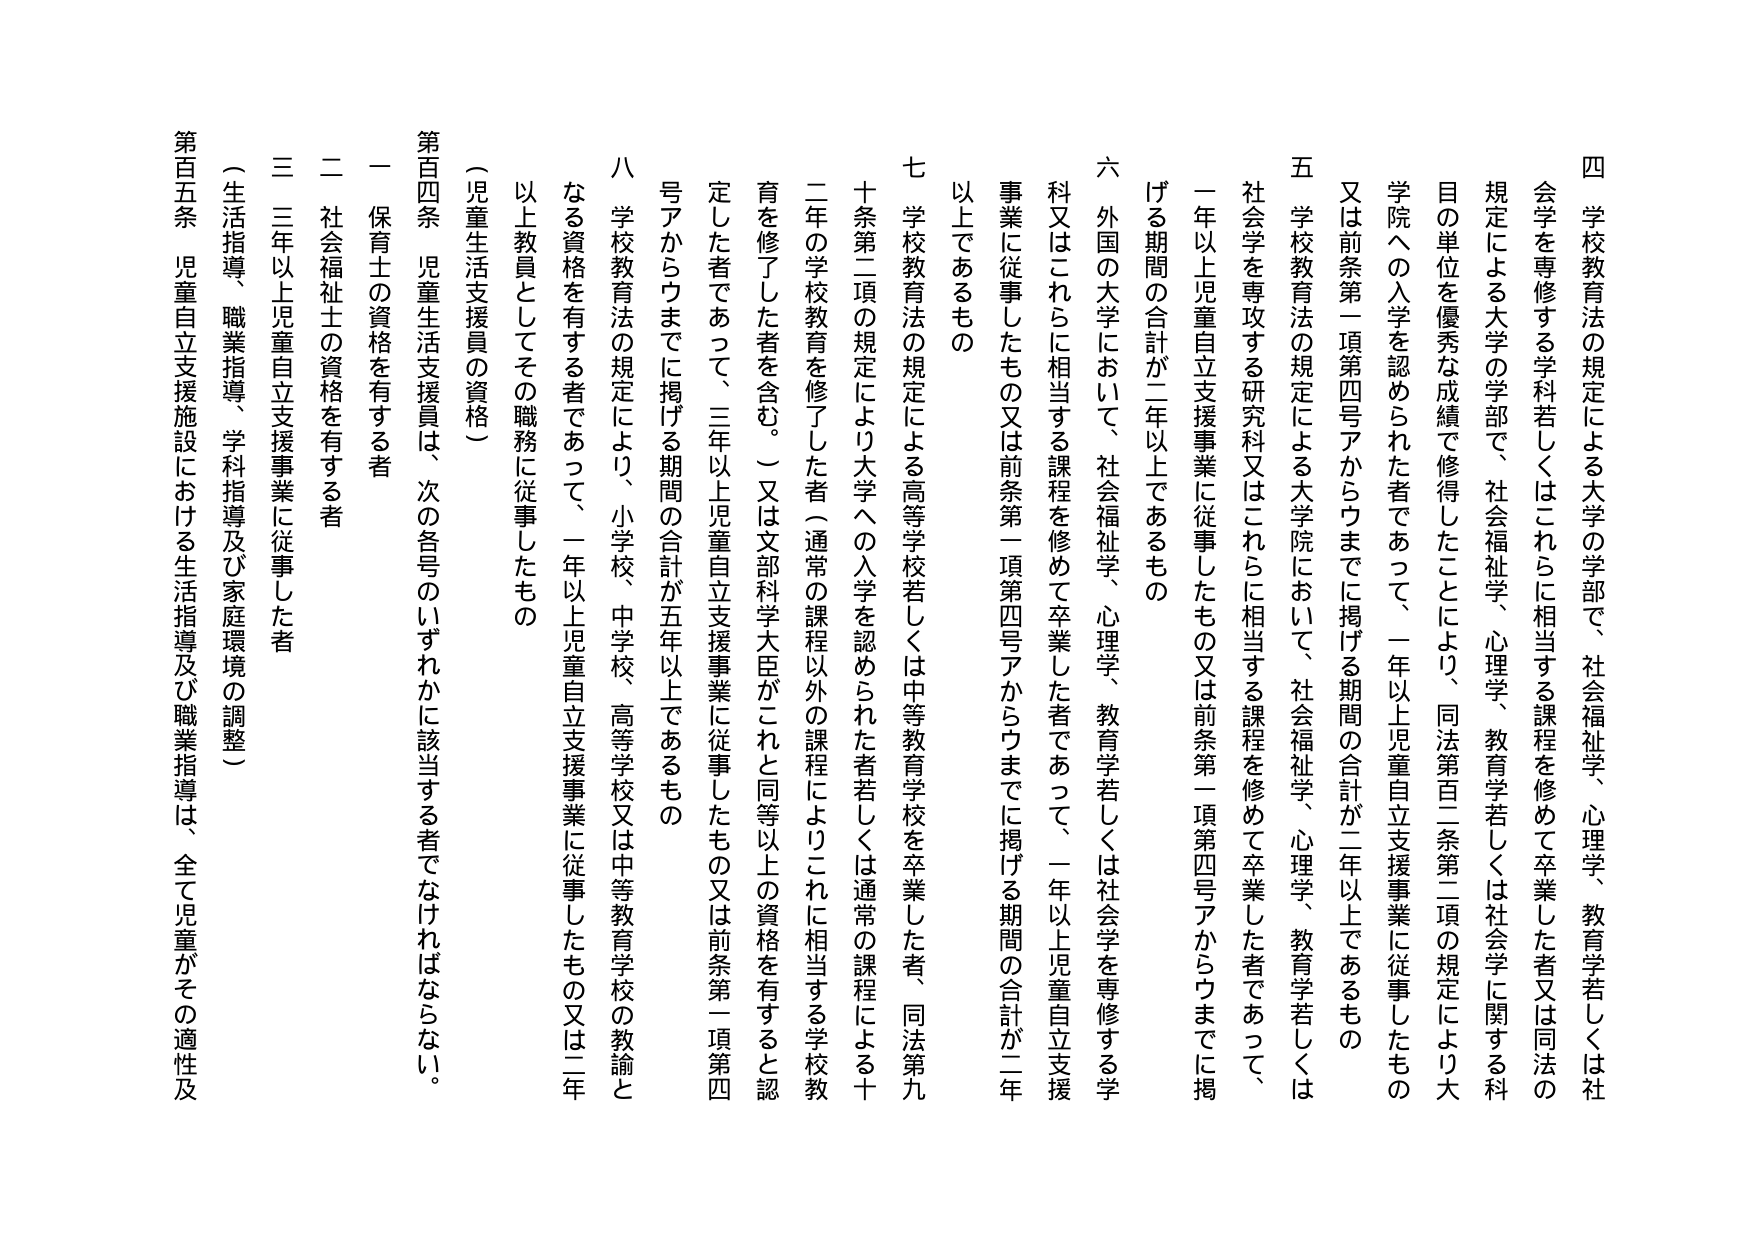
四 学校教育法の規定による大学の学部で、社会福祉学、心理学、教育学若しくは社会学を専修する学科若しくはこれらに相当する課程を修めて卒業した者又は同法の規定による大学の学部で、社会福祉学、心理学、教育学若しくは社会学に関する科目の単位を優秀な成績で修得したことにより、同法第百二条第二項の規定により大学院への入学を認められた者であって、一年以上児童自立支援事業に従事したもの又は前条第一項第四号アからウまでに掲げる期間の合計が二年以上であるもの

五 学校教育法の規定による大学院において、社会福祉学、心理学、教育学若しくは社会学を専攻する研究科又はこれらに相当する課程を修めて卒業した者であって、一年以上児童自立支援事業に従事したもの又は前条第一項第四号アからウまでに掲げる期間の合計が二年以上であるもの

六 外国の大学において、社会福祉学、心理学、教育学若しくは社会学を専修する学科又はこれらに相当する課程を修めて卒業した者であって、一年以上児童自立支援事業に従事したもの又は前条第一項第四号アからウまでに掲げる期間の合計が二年以上であるもの

七 学校教育法の規定による高等学校若しくは中等教育学校を卒業した者、同法第九十条第二項の規定により大学への入学を認められた者若しくは通常の課程による二年の学校教育を修了した者（通常の課程以外の課程によりこれに相当する学校教育を修了した者を含む。）又は文部科学大臣がこれと同等以上の資格を有すると認定した者であって、三年以上児童自立支援事業に従事したもの又は前条第一項第四号アからウまでに掲げる期間の合計が五年以上であるもの

八 学校教育法の規定により、小学校、中学校、高等学校又は中等教育学校の教諭となる資格を有する者であって、一年以上児童自立支援事業に従事したもの又は二年以上教員としてその職務に従事したもの

（児童生活支援員の資格）

第百四条 児童生活支援員は、次の各号のいずれかに該当する者でなければならない。

一 保育士の資格を有する者

二 社会福祉士の資格を有する者

三 三年以上児童自立支援事業に従事した者

（生活指導、職業指導、学科指導及び家庭環境の調整）

第百五条 児童自立支援施設における生活指導及び職業指導は、全て児童がその適性及